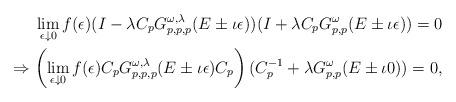
LaTeX: \begin{align*}\lim_{\epsilon\downarrow0}f(\epsilon)(I-\lambda C_p G^{\omega,\lambda}_{p,p,p}(E\pm\iota\epsilon))(I+\lambda C_p G^\omega_{p,p}(E\pm\iota\epsilon))=0\\\Rightarrow \left(\lim_{\epsilon\downarrow0}f(\epsilon) C_p G^{\omega,\lambda}_{p,p,p}(E\pm\iota\epsilon)C_p\right)(C_p^{-1}+\lambda G^\omega_{p,p}(E\pm\iota0))=0,\end{align*}